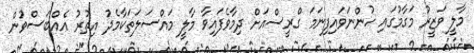
މާލީ ވަޒީރު މަގާމުގައި ހުންނަވައިފިނަމަ ގްރީސްއަށް ދިމާވެފައިވާ މާލީ މައްސަލަތަކާމެދު އިތުރު އެއްބަސްވުން